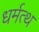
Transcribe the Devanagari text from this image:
धर्मत्थ